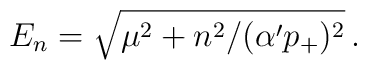
E_{n}=\sqrt{\mu^{2}+n^{2}/(\alpha^{\prime}p_{+})^{2}}\,.